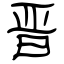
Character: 晋